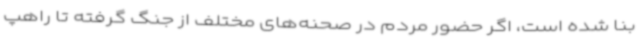
بنا شده است، اگر حضور مردم در صحنه‌های مختلف از جنگ گرفته تا راهپ